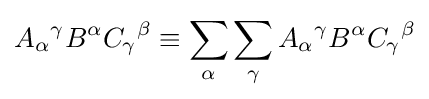
A_{\alpha }{}^{\gamma }B^{\alpha }C_{\gamma }{}^{\beta }\equiv \sum _{\alpha }\sum _{\gamma }A_{\alpha }{}^{\gamma }B^{\alpha }C_{\gamma }{}^{\beta }